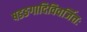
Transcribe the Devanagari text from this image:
षडङगादिविवर्जितः